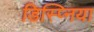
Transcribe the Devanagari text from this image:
डिस्प्निया